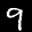
Label: 9